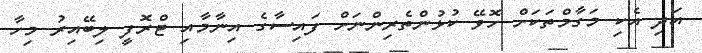
އަދި އެކި މަގާމްތަކަށް ހޮވޭ ކުޅުންތެރިންނަށް ފައިސާގެ އިނާމާއި ޓްރޮފީ ލިބޭއިރު މިހާ